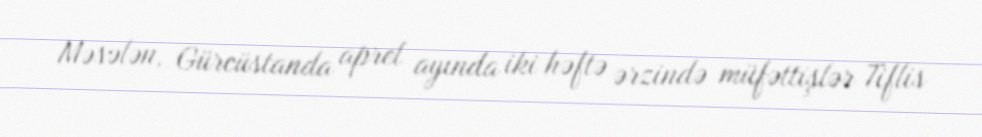
Məsələn, Gürcüstanda aprel ayında iki həftə ərzində müfəttişlər Tiflis